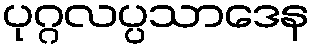
ပုဂ္ဂလပ္ပသာဒေန